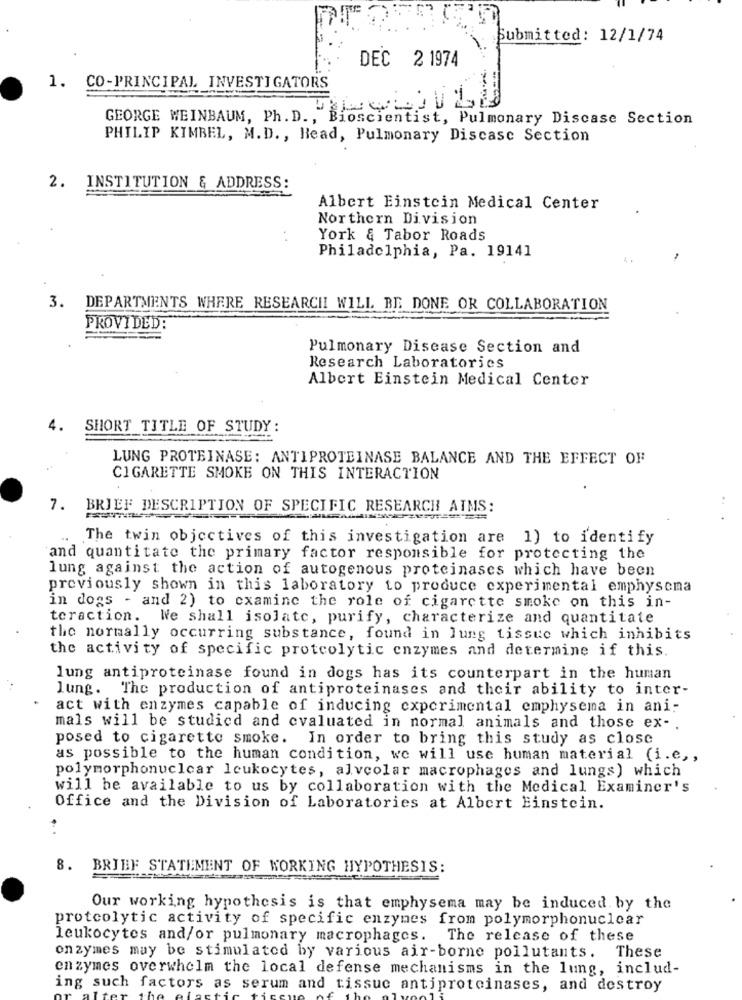
Submitted: 12/1/74
DEC 2 1974
1. CO-PRINCIPAL INVESTIGATORS
GEORGE WEINBAUM, Ph. D ., Bioscientist, Pulmonary Discase Section
PHILIP KIMBEL, M.D ., Bead, Pulmonary Discasc Section
2.
INSTITUTION & ADDRESS:
Albert Einstein Medical Center
Northern Division
..
York & Tabor Roads
Philadelphia, Pa. 19141
3. DEPARTMENTS WHERE RESEARCHI WILL BE DONE OR COLLABORATION
PROVIDED:
Pulmonary Disease Section and
Research Laboratories
Albert Einstein Medical Center
4.
SHORT TITLE OF STUDY:
LUNG PROTEINASE: ANTIPROTEINASE BALANCE AND THE EFFECT OF
CIGARETTE SMOKE ON THIS INTERACTION
7. BRIEF DESCRIPTION OF SPECIFIC RESEARCH AIMS:
The twin objectives of this investigation are 1) to identify
and quantitate the primary factor responsible for protecting the
lung against the action of autogenous proteinases which have been
previously shown in this laboratory to produce experimental emphysema
in dogs - and 2) to examine the role of cigarette smoke on this in-
teraction. We shall isolate, purify, characterize and quantitate
the normally occurring substance, found in lung tissue which inhibits
the activity of specific proteolytic enzymes and determine if this.
lung antiproteinase found in dogs has its counterpart in the human
lung. The production of antiproteinases and their ability to inter-
act with enzymes capable of inducing experimental emphysema in ani-
mals will be studied and evaluated in normal animals and those ex -.
posed to cigarette smoke. In order to bring this study as close
as possible to the human condition, we will use human material (i.e ,,
polymorphonuclear leukocytes, alveolar macrophages and lungs) which
will be available to us by collaboration with the Medical Examiner's
Office and the Division of Laboratories at Albert Einstein.
8. BRIEF STATEMENT OF WORKING HYPOTHESIS:
Our working hypothesis is that emphysema may be induced by the
protcolytic activity of specific enzymes from polymorphonuclear
leukocytes and/or pulmonary macrophages. The release of these
onzymes may be stimulated by various air-borne pollutants. These
enzymes overwhelm the local defense mechanisms in the lung, includ-
ing such factors as serum and tissue antiproteinases, and destroy